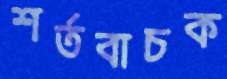
শর্তবাচক